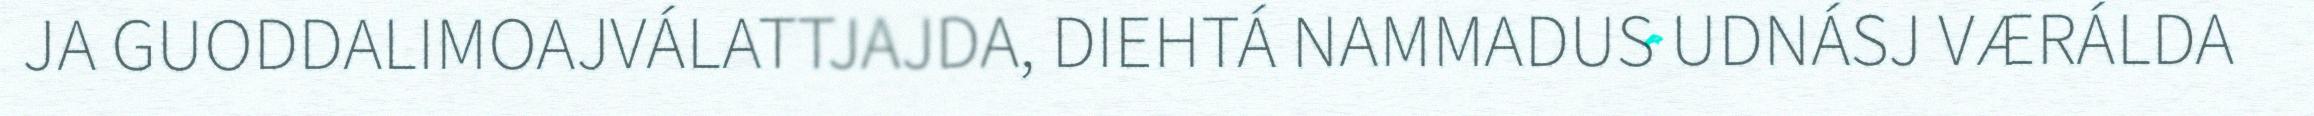
JA GUODDALIMOAJVÁLATTJAJDA, DIEHTÁ NAMMADUS UDNÁSJ VÆRÁLDA